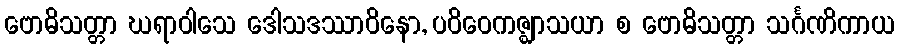
ဗောဓိသတ္တာ ဃရာဝါသေ ဒေါသဒဿာဝိနော, ပဝိဝေကဇ္ဈာသယာ စ ဗောဓိသတ္တာ သင်္ဂဏိကာယ